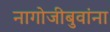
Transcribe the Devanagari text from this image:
नागोजीबुवांना